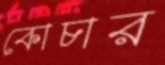
কোচার